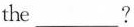
the___?